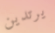
يرتدين